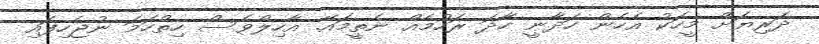
ދަރިޔަށް މީހަކު އެހެން ހަދާނީ ހާދަ ރަހުމެއް ނެތީމައޭ. އާހިލްވެސް ހިތްހަމަ ނުޖެހިފައި